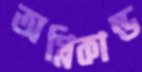
অগ্নিকান্ড